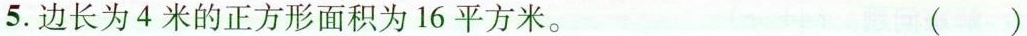
5. 边长为4 米的正方形面积为 16 平方米。 （）